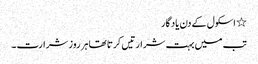
٭ اسکول کے دن یاد گار
تب میں بہت شرارتیں کرتا تھا ہر روز شرارت ۔